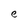
Character: e